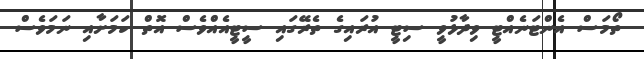
ތޯމަސް އެންޓަނެއްޓީ ވިދާޅުވީ ސިޓީ އުރައިގެ ތެރޭގައި ސީޓީއެއްވެސް އޮތް ކަމަށާއި ނަމަވެސް